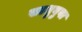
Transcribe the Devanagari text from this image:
साधुबुवा